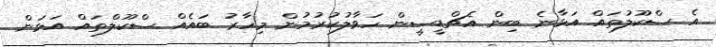
އެ ސްކޫލުތައް އަޅާނެ ބިން އެޗްޑީސީން ހަވާލުކުރުމުން މިހާރު ބައެއް ސްކޫލްތައް އަޅަން